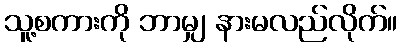
သူ့စကားကို ဘာမျှ နားမလည်လိုက်။